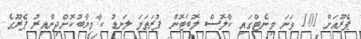
ޕެރޫއަށް 101 ވަނަ މިނެޓްގައި ކާލޮސް ލޮބަޓޮން ފުރަތަމަ ލަނޑު ކާމިޔާބުކޮށްދިންއިރު ޕެރޫގެ